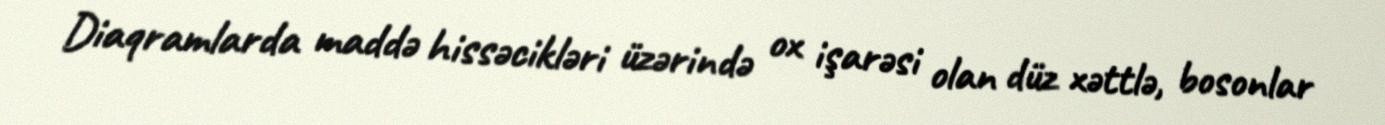
Diaqramlarda maddə hissəcikləri üzərində ox işarəsi olan düz xəttlə, bosonlar